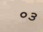
૦૩